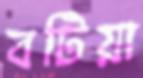
বটিয়া